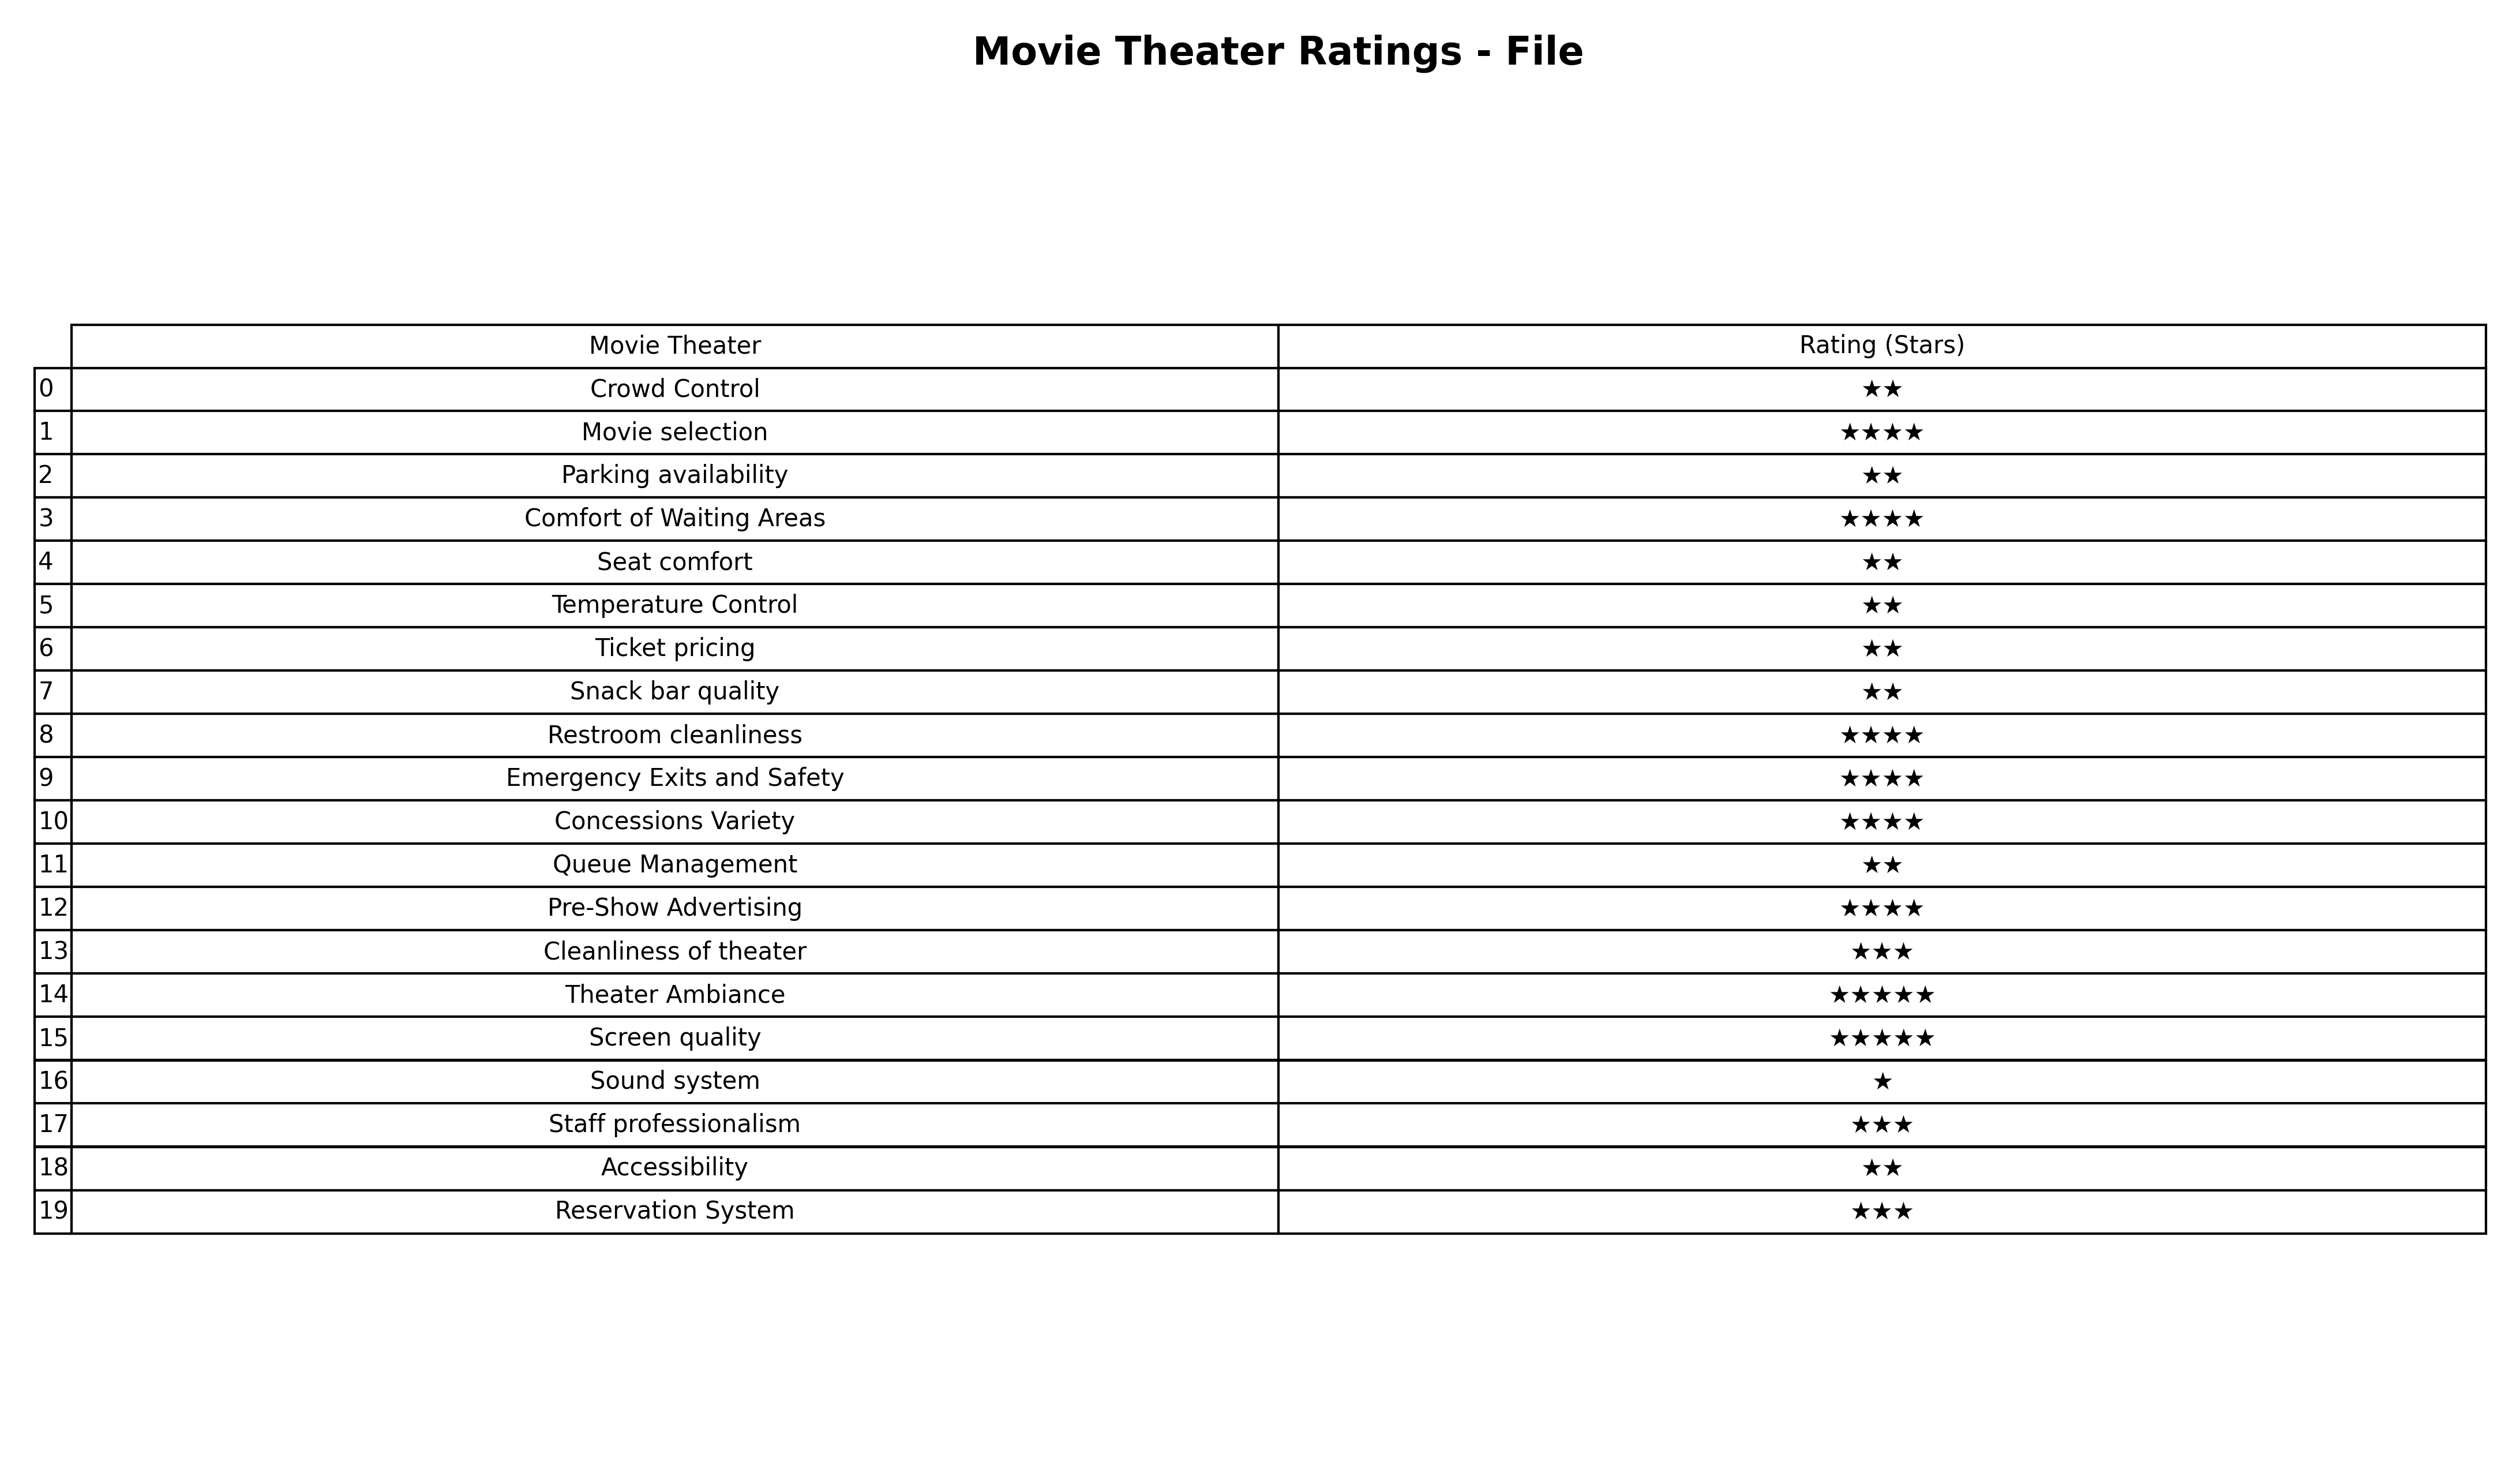
question: What is the rating of Temperature Control?
answer: ★★